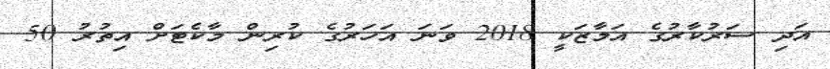
އަދި ސަރުކާރުގެ އަމާޒަކީ 2018 ވަނަ އަހަރުގެ ކުރިން މާކެޓަށް އިތުރު 50